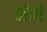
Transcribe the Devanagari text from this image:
बाॅनी